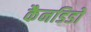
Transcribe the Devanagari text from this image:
कैनडिडो